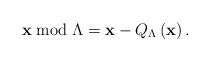
LaTeX: \begin{align*}\mathbf{x}\bmod\Lambda=\mathbf{x}-Q_{\Lambda}\left(\mathbf{x}\right).\end{align*}